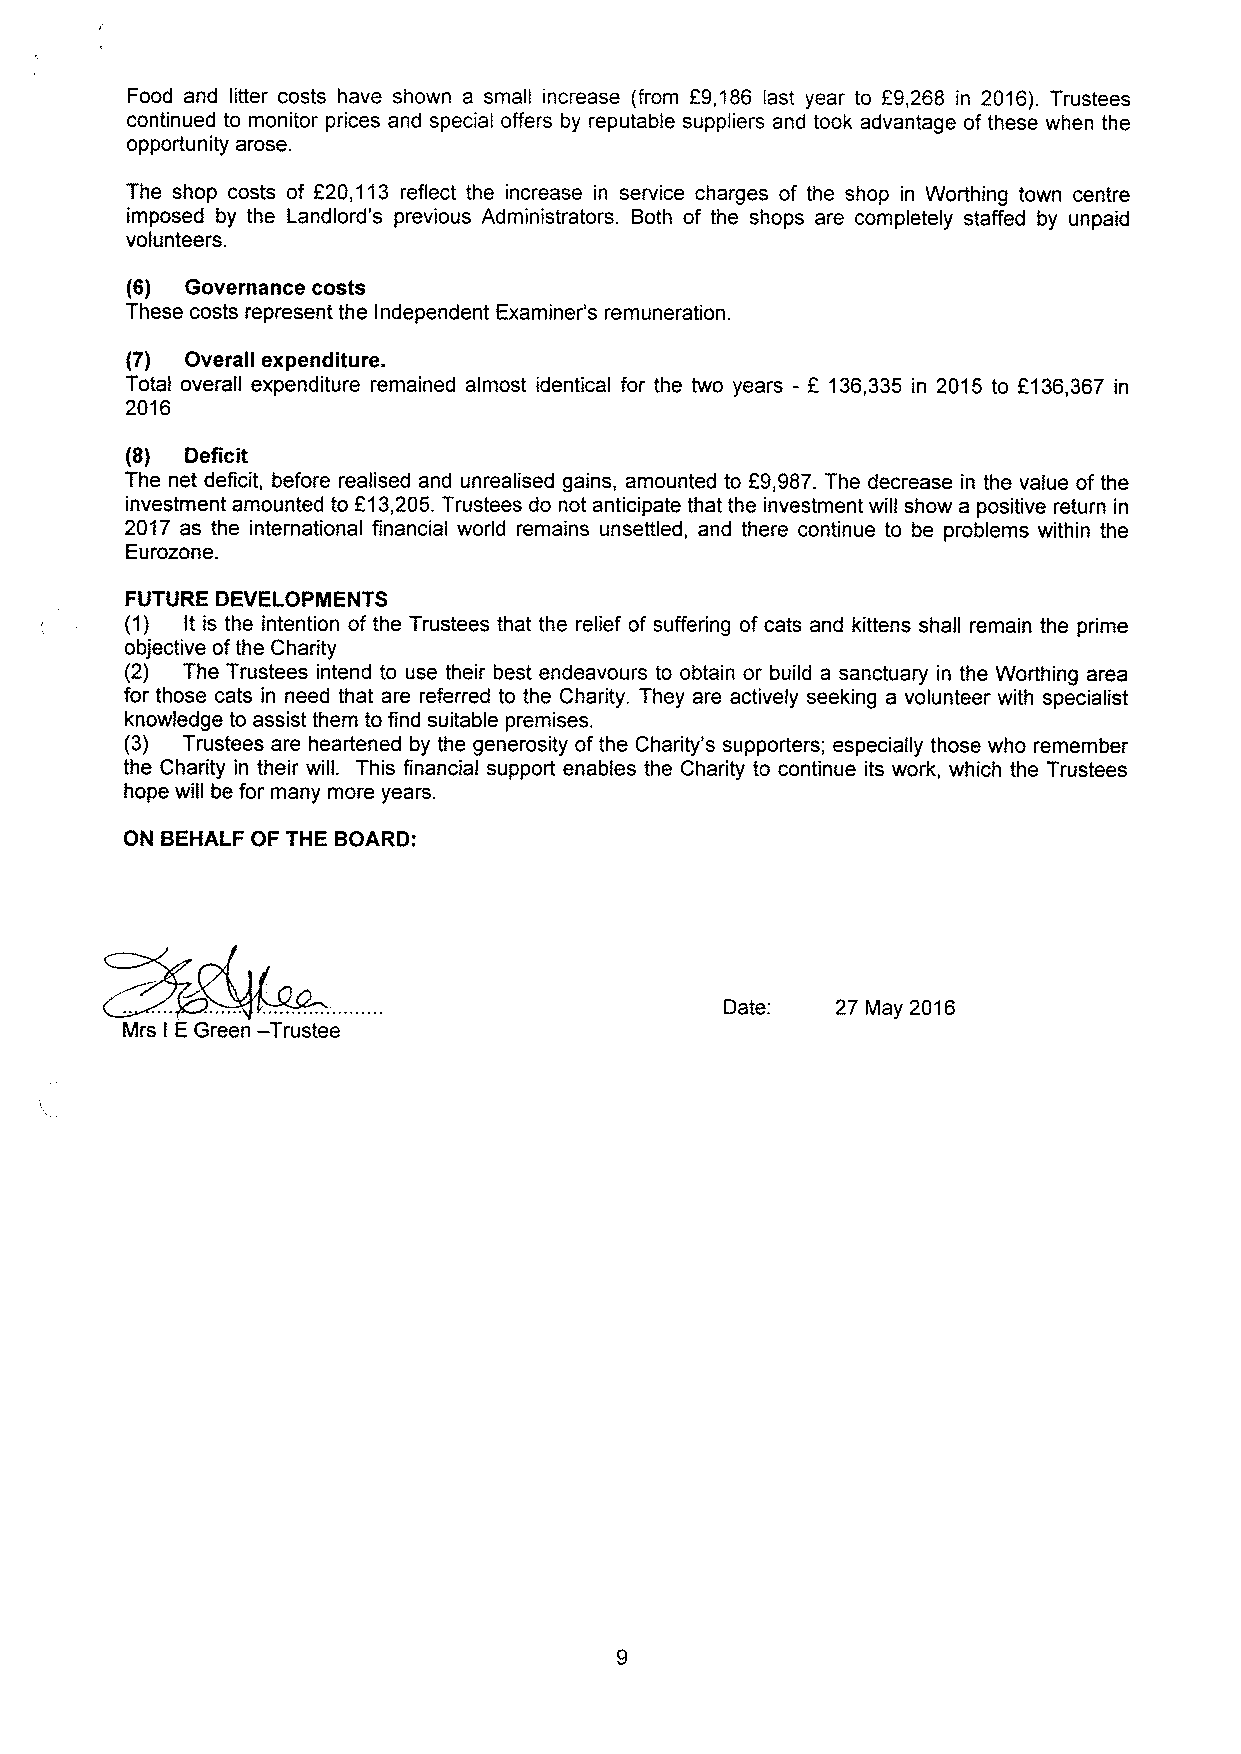
Food and litter costs have shown a small increase (from E9,186 last year to E9,268 in 2016). Trustees
 continued to monitor prices and special offers by reputable suppliers and took advantage of these when the
 opportunity arose.
 The shop costs of f20,113 reflect the increase in service charges of the shop in Worthing town centre
 imposed by the Landlord's previous Administrators. Both of the shops are completely staffed by unpaid
 volunteers.
 (6) Governance costs
 These costs represent the Independent Examiner's remuneration.
 (7) Overall expenditure.
 Total overall expenditure remained almost identical for the two years - f 136,335 in 2015 to f136,367 in
 2016
 (8) Deficit
 The net deficit, before realised and unrealised gains, amounted to E9,987.The decrease in the value of the
 investment amounted to F13,205.Trustees do not anticipate that the investment will show a positive return in
 2017 as the international financial world remains unsettled, and there continue to be problems within the
 Eurozone.
 FUTURE DEVELOPMENTS
 (1) It is the intention of the Trustees that the relief of suffering of cats and kittens shall remain the prime
 objective ofthe Charity
 (2) The Trustees intend to use their best endeavours to obtain or build a sanctuary in the Worthing area
 for those cats in need that are referred to the Charity. They are actively seeking a volunteer with specialist
 knowledge to assist them to find suitable premises.
 (3) Trustees are heartened by the generosity of the Charity's supporters; especially those who remember
 the Charity in their will. This financial support enables the Charity to continue its work, which the Trustees
 hope will be for many more years.
 ON BEHALF OF THE BOARD:
 Date:  27 May 2016
 —
 Mrs I E Green Trustee